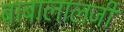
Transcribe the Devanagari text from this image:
बाबालालजी